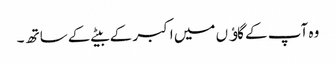
وہ آپ کے گاﺅں میں اکبر کے بیٹے کے ساتھ ۔